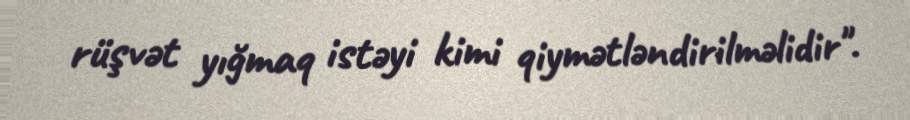
rüşvət yığmaq istəyi kimi qiymətləndirilməlidir".